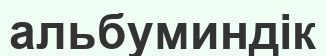
альбуминдік